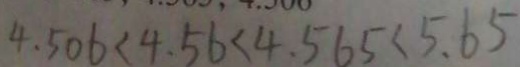
4 . 5 0 6 < 4 . 5 6 < 4 . 5 6 5 < 5 . 6 5